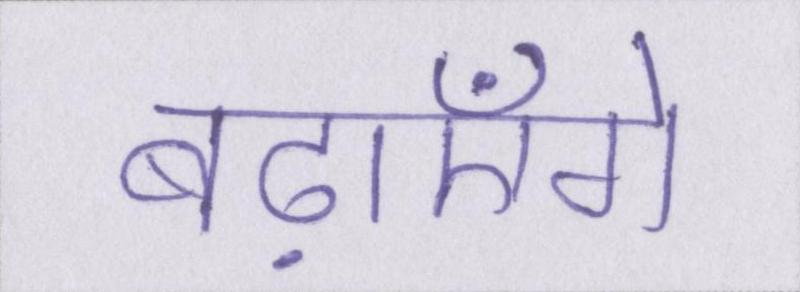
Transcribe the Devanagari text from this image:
बढ़ाएँगे